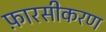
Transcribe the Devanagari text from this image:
फ़ारसीकरण